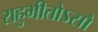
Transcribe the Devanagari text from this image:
राहुभीतोऽसौ